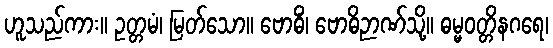
ဟူသည်ကား။ ဥတ္တမံ၊ မြတ်သော။ ဗောဓိံ၊ ဗောဓိဉာဏ်သို့။ ဓမ္မဝတ္တိနဂရေ၊